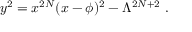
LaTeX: y ^ { 2 } = x ^ { 2 N } ( x - \phi ) ^ { 2 } - \Lambda ^ { 2 N + 2 } \ .